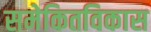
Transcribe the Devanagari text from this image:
समेकितविकास